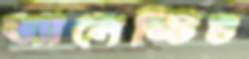
ভ্যালেন্টিচ